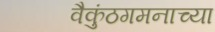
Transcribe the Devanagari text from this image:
वैकुंठगमनाच्या